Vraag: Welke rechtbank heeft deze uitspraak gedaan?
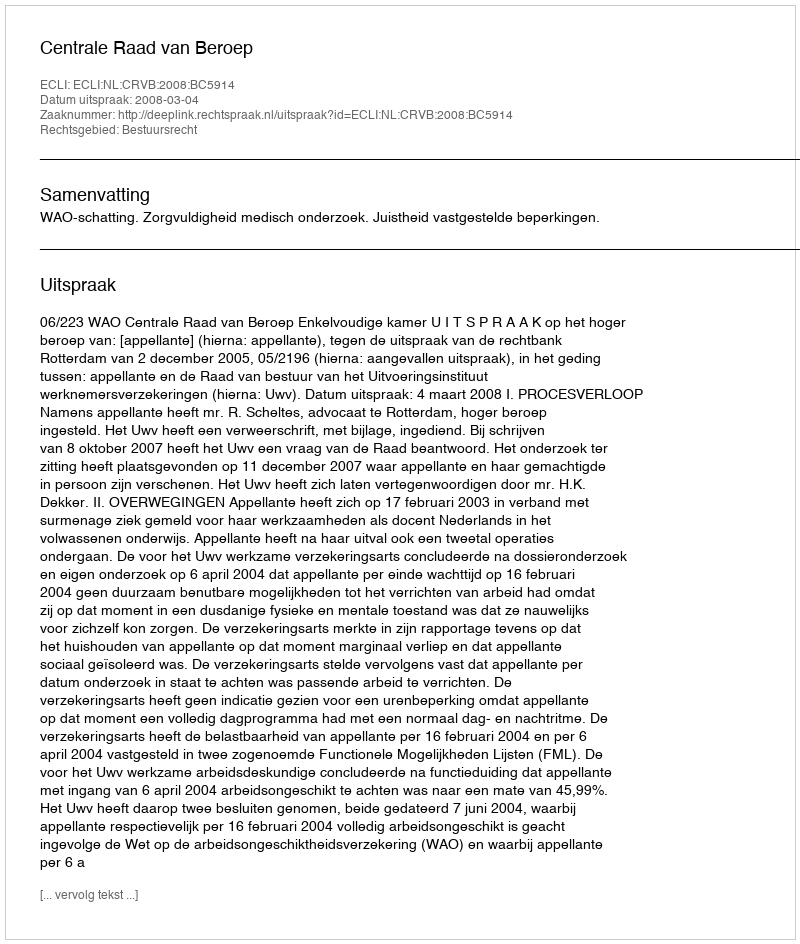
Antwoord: Centrale Raad van Beroep